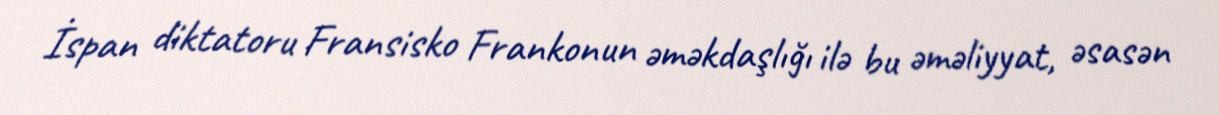
İspan diktatoru Fransisko Frankonun əməkdaşlığı ilə bu əməliyyat, əsasən